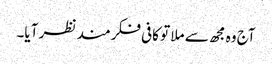
آج وہ مجھ سے ملا تو کافی فکرمند نظر آیا۔